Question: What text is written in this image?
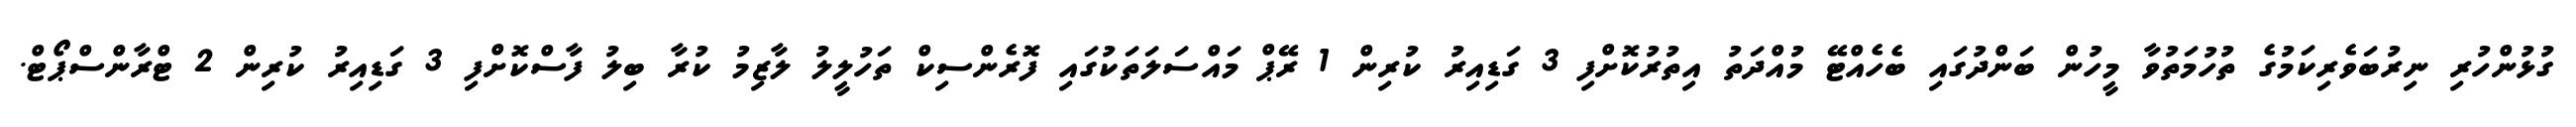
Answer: ގުޅުންހުރި ނިރުބަވެރިކަމުގެ ތުހުމަތުވާ މީހުން ބަންދުގައި ބެހެއްޓޭ މުއްދަތު އިތުރުކޮށްފި 3 ގަޑިއިރު ކުރިން 1 ރޭޕް މައްސަލަތަކުގައި ފޮރެންސިކް ތަހުލީލު ލާޒިމު ކުރާ ބިލު ފާސްކޮށްފި 3 ގަޑިއިރު ކުރިން 2 ޓްރާންސްޕޯޓް.